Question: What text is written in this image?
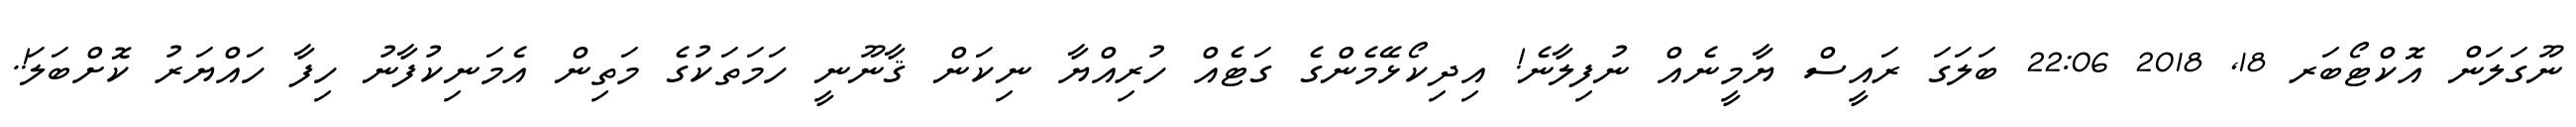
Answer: ނޫގަލަން އޮކްޓޯބަރ 18, 2018 22:06 ބަލަގަ ރައީސް ޔާމީނެއް ނުފިލާނެ! އިދިކޯޅޭމެންގެ ގަޓެއް ހުރިއްޔާ ނިކަން ޤާނޫނީ ހަމަތަކުގެ މަތިން އެމަނިކުފާނު ހިފާ ހައްޔަރު ކޮށްބަލަ!.